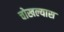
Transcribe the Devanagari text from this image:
चोखल्यास